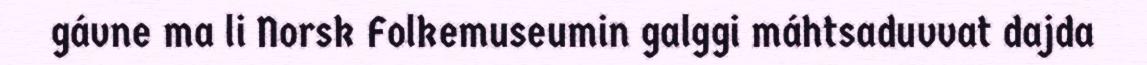
gávne ma li Norsk Folkemuseumin galggi máhtsaduvvat dajda